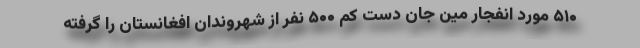
۵۱۰ مورد انفجار مین جان دست کم ۵۰۰ نفر از شهروندان افغانستان را گرفته